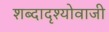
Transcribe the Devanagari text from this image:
शब्दादृश्योवाजी